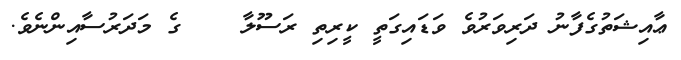
ޢާއިޝަތުގެފާނު ދަރިވަރުވެ ވަޑައިގަތީ ކީރިތި ރަސޫލާ    ގެ މަދަރުސާއިންނެވެ.